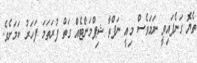
ތެޔޮ ގަނެފައިވީ ނަމަވެސް މިއީ ނަފްތާ ޝިޕްމަންޓެއް ގަތް ފުރަތަމަ ފަހަރު ކަމަށެވެ.